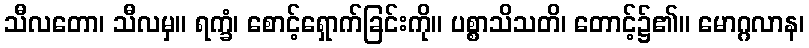
သီလတော၊ သီလမှ။ ရက္ခံ၊ စောင့်ရှောက်ခြင်းကို။ ပစ္စာသိသတိ၊ တောင့်၌၏။ မောဂ္ဂလာန၊